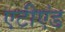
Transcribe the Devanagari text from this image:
एटीएंड